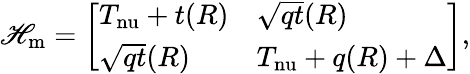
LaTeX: \mathscr{H}_{\mathrm{{m}}}=\left[\begin{array}{ll}{T_{\mathrm{nu}}+t(R)}&{\sqrt{qt}(R)}\\ {\sqrt{qt}(R)}&{T_{\mathrm{nu}}+q(R)+\Delta}\end{array}\right],